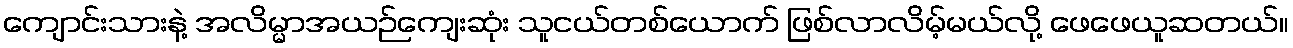
ကျောင်းသားနဲ့ အလိမ္မာအယဉ်ကျေးဆုံး သူငယ်တစ်ယောက် ဖြစ်လာလိမ့်မယ်လို့ ဖေဖေယူဆတယ်။